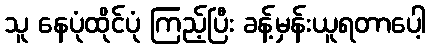
သူ နေပုံထိုင်ပုံ ကြည့်ပြီး ခန့်မှန်းယူရတာပေါ့